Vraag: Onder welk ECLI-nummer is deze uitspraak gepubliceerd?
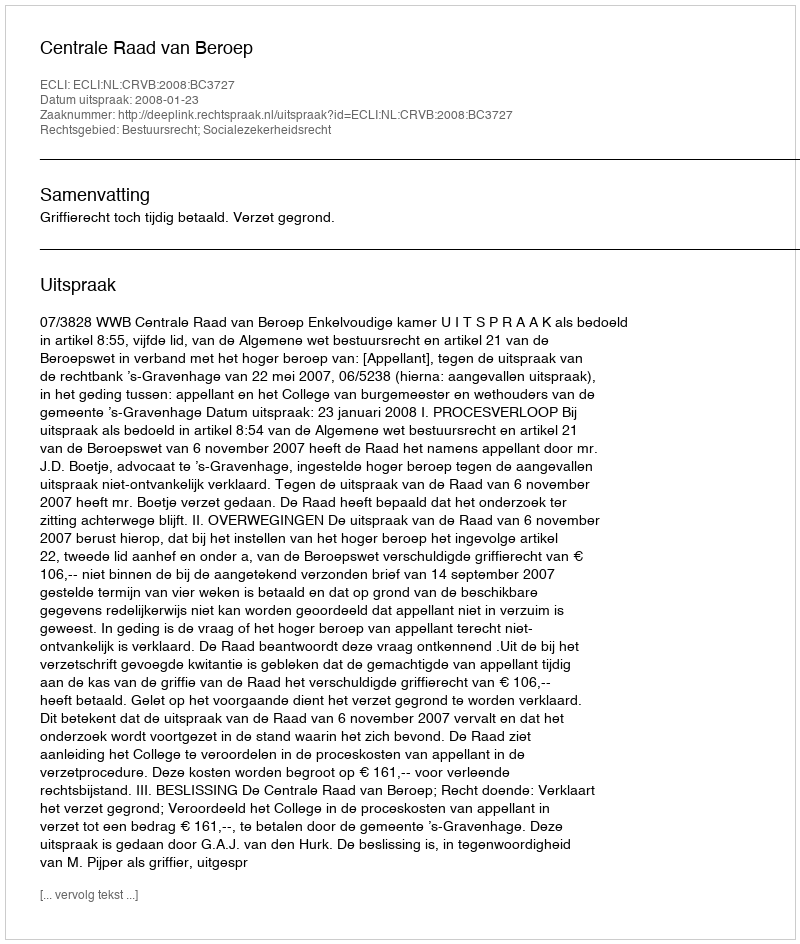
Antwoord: ECLI:NL:CRVB:2008:BC3727